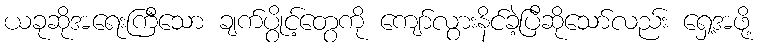
ယခုဆိုအရေးကြီသော ချက်ပွိုင့်တွေကို ကျော်လွားနိင်ခဲ့ပြီဆိုသော်လည်း ရှေ့အဖို့